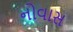
નોવાસ